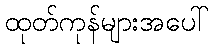
ထုတ်ကုန်များအပေါ်